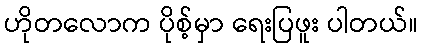
ဟိုတလောက ပိုစ့်မှာ ရေးပြဖူး ပါတယ်။